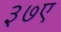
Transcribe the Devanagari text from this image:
३७ए